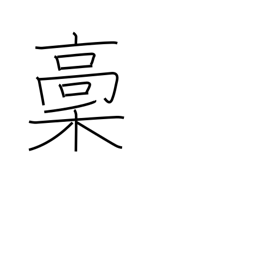
Meaning: rough copy